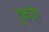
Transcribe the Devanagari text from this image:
टुकड़े।